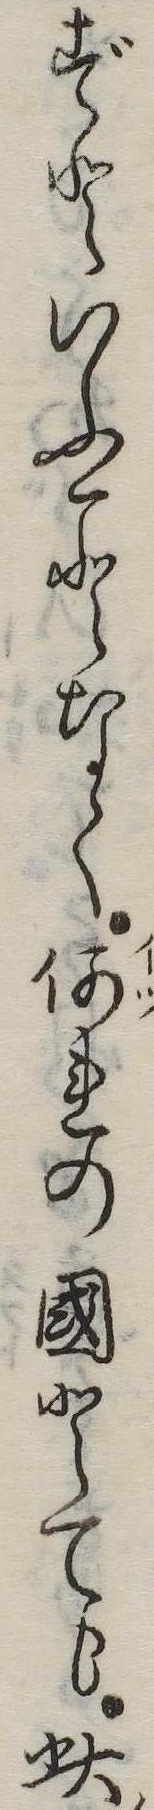
ずといふことなく何れの国とても此